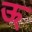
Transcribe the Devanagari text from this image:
ऊ्